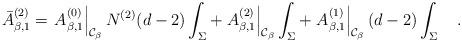
LaTeX: \begin{align*}\bar{A}^{(2)}_{\beta,1}=\left. A^{(0)}_{\beta,1}\right|_{{\cal C}_\beta}N^{(2)}(d-2)\int_{\Sigma}+\left. A^{(2)}_{\beta,1}\right|_{{\cal C}_\beta}\int_{\Sigma} + \left. A^{(1)}_{\beta,1}\right|_{{\cal C}_\beta}(d-2)\int_{\Sigma}~~~.\end{align*}